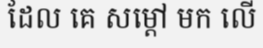
ដែល គេ សម្តៅ មក លើ